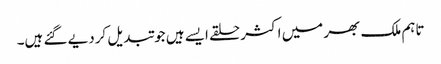
تاہم ملک بھر میں اکثر حلقے ایسے ہیں جو تبدیل کردیے گئے ہیں۔